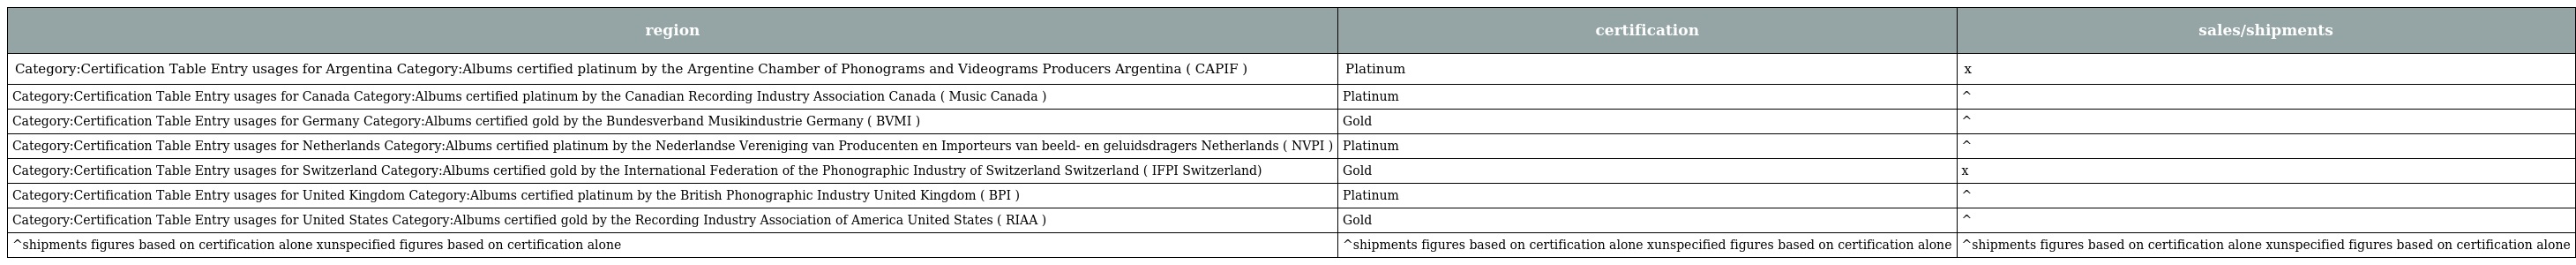
| region | certification | sales/shipments |
 | --- | --- | --- |
 | Category:Certification Table Entry usages for Argentina Category:Albums certified platinum by the Argentine Chamber of Phonograms and Videograms Producers Argentina ( CAPIF ) | Platinum | x |
 | Category:Certification Table Entry usages for Canada Category:Albums certified platinum by the Canadian Recording Industry Association Canada ( Music Canada ) | Platinum | ^ |
 | Category:Certification Table Entry usages for Germany Category:Albums certified gold by the Bundesverband Musikindustrie Germany ( BVMI ) | Gold | ^ |
 | Category:Certification Table Entry usages for Netherlands Category:Albums certified platinum by the Nederlandse Vereniging van Producenten en Importeurs van beeld- en geluidsdragers Netherlands ( NVPI ) | Platinum | ^ |
 | Category:Certification Table Entry usages for Switzerland Category:Albums certified gold by the International Federation of the Phonographic Industry of Switzerland Switzerland ( IFPI Switzerland) | Gold | x |
 | Category:Certification Table Entry usages for United Kingdom Category:Albums certified platinum by the British Phonographic Industry United Kingdom ( BPI ) | Platinum | ^ |
 | Category:Certification Table Entry usages for United States Category:Albums certified gold by the Recording Industry Association of America United States ( RIAA ) | Gold | ^ |
 | ^shipments figures based on certification alone xunspecified figures based on certification alone | ^shipments figures based on certification alone xunspecified figures based on certification alone | ^shipments figures based on certification alone xunspecified figures based on certification alone |